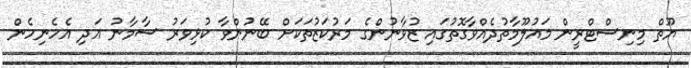
ޔޫތް މިނިސްޓްރީން މައުލޫމާތުދެއްވާގޮތުގައި ޒުވާނުންގެ މަރުކަޒުތަކަށް ބޭނުންވާ ކުޅިވަރު ސާމާނު އަދި އެހެނިހެން